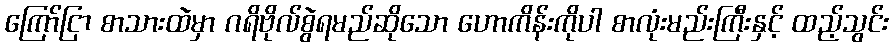
ကြော်ငြာ စာသားထဲမှာ ဂရိဗိုလ်စွဲရမည်ဆိုသော ဟောကိန်းကိုပါ စာလုံးမည်းကြီးနှင့် ထည့်သွင်း